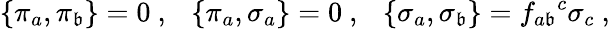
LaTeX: \{ \pi_{a},\pi_{\mathfrak{b}}\} =0\ ,\ \ \ \{ \pi_{a},\sigma_{a}\} =0\ ,\ \ \ \{ \sigma_{a},\sigma_{\mathfrak{b}}\} =f_{a\mathfrak{b}}{}^{c}\sigma_{c}\ ,